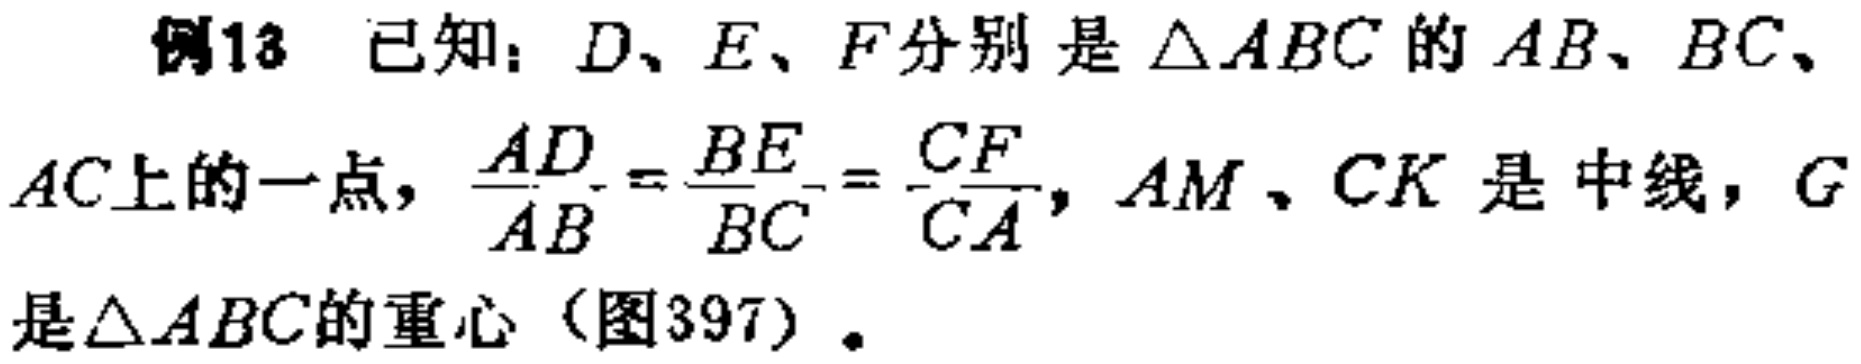
例13 已知：$D、E、F$分别是$\triangle ABC$的$AB、BC、$
$AC$上的一点，$\frac{AD}{AB}=\frac{BE}{BC}=\frac{CF}{CA}$，$AM、CK$是中线，$G$
是$\triangle ABC$的重心（图397）。